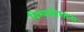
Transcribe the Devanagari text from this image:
विश्वकोशांना